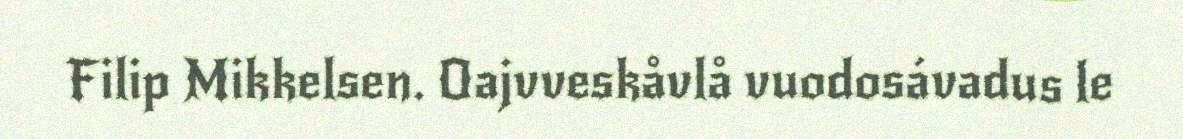
Filip Mikkelsen. Oajvveskåvlå vuodosávadus le